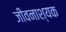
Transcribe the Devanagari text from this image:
जीवनाश्यक